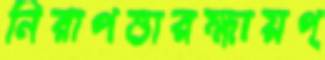
নিরাপত্তারক্ষায়প্